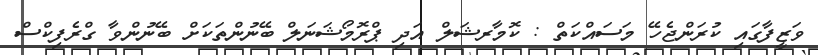
ވަޒީފާގައި ކުރަންޖެހޭ މަސައްކަތް : ކޮމާރޝަލް އަދި ޕްރޮމޯޝަނަލް ބޭނުންތަކަށް ބޭނުންވާ ގްރެފިކްސް